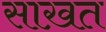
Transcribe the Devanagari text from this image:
साख़त